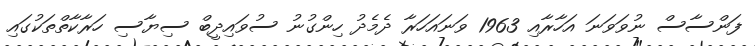
ފަންސާސް ނުވަވަނަ އަހާރާއި 1963 ވަނައަހަރާ ދެމެދު ހިންގުނު ސުވައިދީބް ސިޔާސި ހަރާކާތްތަކުގައި